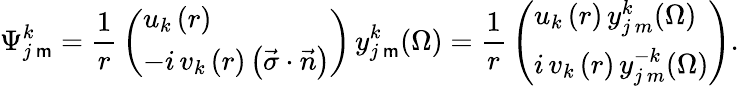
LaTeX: \Psi_{j\, \mathsf{m}}^{k}={\frac{{1}}{{r}}}\left({\begin{array}{l}{{{u_{k}\left(r\right)}}}\\ {{{-i\, v_{k}\left(r\right)\left({\vec{\sigma}\cdot\vec{n}}\right)}}}\end{array}}\right)\, y_{j\, \mathsf{m}}^{k}(\Omega)={\frac{{1}}{{r}}}\left({\begin{array}{l}{{{u_{k}\left(r\right)\, y_{j\, m}^{k}(\Omega)}}}\\ {{{i\, v_{k}\left(r\right)\, y_{j\, m}^{-k}(\Omega)}}}\end{array}}\right).